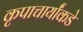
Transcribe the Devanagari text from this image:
कृपाचार्यांकडे